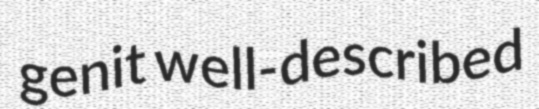
genit well-described